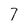
Character: 7